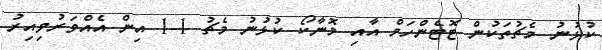
ކުޅުނު މެޗުތަކުން ޓޮޓެންހަމް އާއި މޮނާކޯ ކުޅުނު މެޗު 1-1 އިން އެއްވަރުވިއިރު